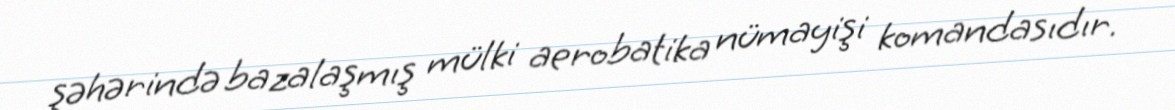
şəhərində bazalaşmış mülki aerobatika nümayişi komandasıdır.